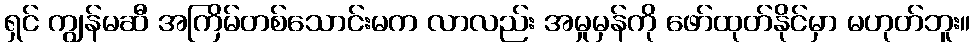
ရှင် ကျွန်မဆီ အကြိမ်တစ်သောင်းမက လာလည်း အမှုမှန်ကို ဖော်ထုတ်နိုင်မှာ မဟုတ်ဘူး။